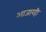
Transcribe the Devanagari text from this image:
आजारही